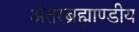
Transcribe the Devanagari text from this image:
अंतरब्रह्माण्डीय